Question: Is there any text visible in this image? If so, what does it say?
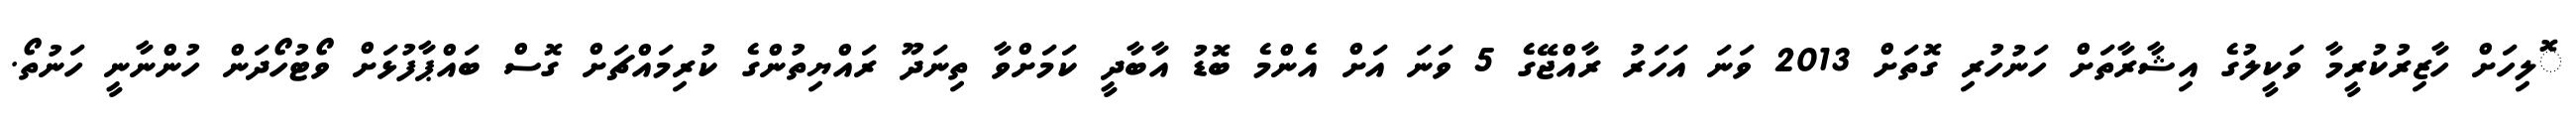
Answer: ޮލިހަށް ހާޒިރުކުރީމާ ވަކީލުގެ އިޝާރާތަށް ހަނުހުރި ގޮތަށް 2013 ވަނަ އަހަރު ރާއްޖޭގެ 5 ވަނަ އަށް އެންމެ ބޮޑު އާބާދީ ކަމަށްވާ ތިނަދޫ ރައްޔިތުންގެ ކުރިމައްޗަށް ގޮސް ބައްޕާފުޅަށް ވޯޓުހޯދަން ހުންނާނީ ހަނުތޯ.